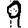
Digit: 9